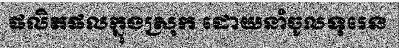
ផលិតផលក្នុងស្រុក ដោយនាំចូលទុរេន